Document type: Sale
Year: 1461
Scribe: [Unknown]
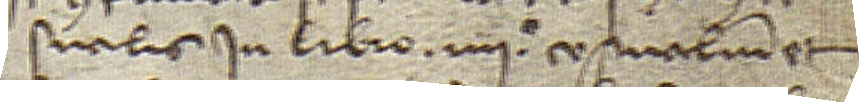
sualis in libro IIIIº censualium et